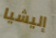
إليشيا